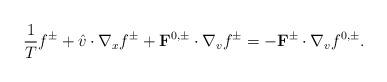
LaTeX: \begin{align*}\frac{1}{T}f^\pm+\hat{v}\cdot\nabla_x f^\pm+\mathbf F^{0,\pm}\cdot\nabla_vf^\pm=-\mathbf F^{\pm}\cdot\nabla_vf^{0,\pm}.\end{align*}